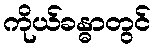
ကိုယ်ခန္ဓာတွင်